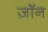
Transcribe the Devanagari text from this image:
ज़ॉन